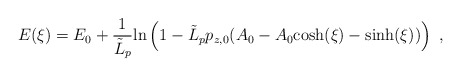
\begin{align*}E(\xi)=E_0 + {1 \over {\tilde L}_p}\mbox{ln} \left( 1 -{\tilde L}_p p_{z,0}(A_0 -A_0\it{\cosh}(\xi)-\it{\sinh}(\xi))\right)~,\end{align*}